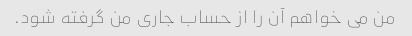
من می خواهم آن را از حساب جاری من گرفته شود.